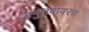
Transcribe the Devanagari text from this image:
अनुभवांवरच